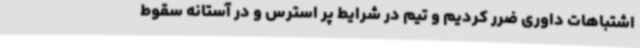
اشتباهات داوری ضرر کردیم و تیم در شرایط پر استرس و در آستانه سقوط